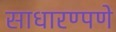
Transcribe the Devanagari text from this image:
साधारण्पणे